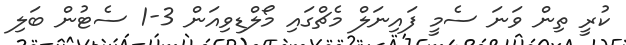
ކުރީ ތިން ވަނަ ސެމީ ފައިނަލް މެޗްގައި މޯލްޑިވިއަން 3-1 ސެޓުން ބަލި